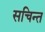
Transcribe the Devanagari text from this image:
सचिन्त